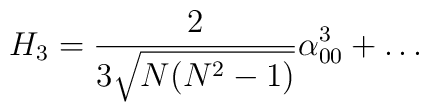
H_3 = {2 \over 3 \sqrt{N(N^2-1)}} \alpha_{00}^3 + \dots